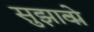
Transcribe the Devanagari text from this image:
सुझावोें